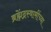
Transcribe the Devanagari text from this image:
ब्रह्मेंद्रस्वामींच्या